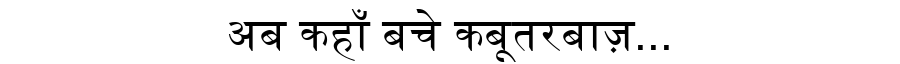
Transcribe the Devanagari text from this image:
अब कहाँ बचे कबूतरबाज़...